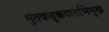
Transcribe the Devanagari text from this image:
गुंतवणूकदाराभिमुख